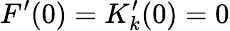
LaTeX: F^{\prime}(0)=K_{k}^{\prime}(0)=0